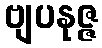
ဗျပနုဇ္ဇ